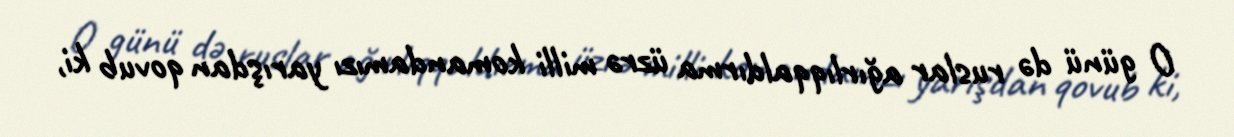
O günü də ruslar ağırlıqqaldırma üzrə milli komandamızı yarışdan qovub ki,